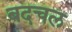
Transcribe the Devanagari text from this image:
बदचल